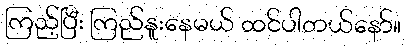
ကြည့်ပြီး ကြည်နူးနေမယ် ထင်ပါတယ်နော်။